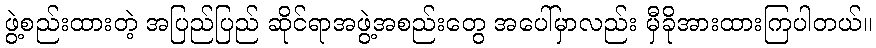
ဖွဲ့စည်းထားတဲ့ အပြည်ပြည် ဆိုင်ရာအဖွဲ့အစည်းတွေ အပေါ်မှာလည်း မှီခိုအားထားကြပါတယ်။